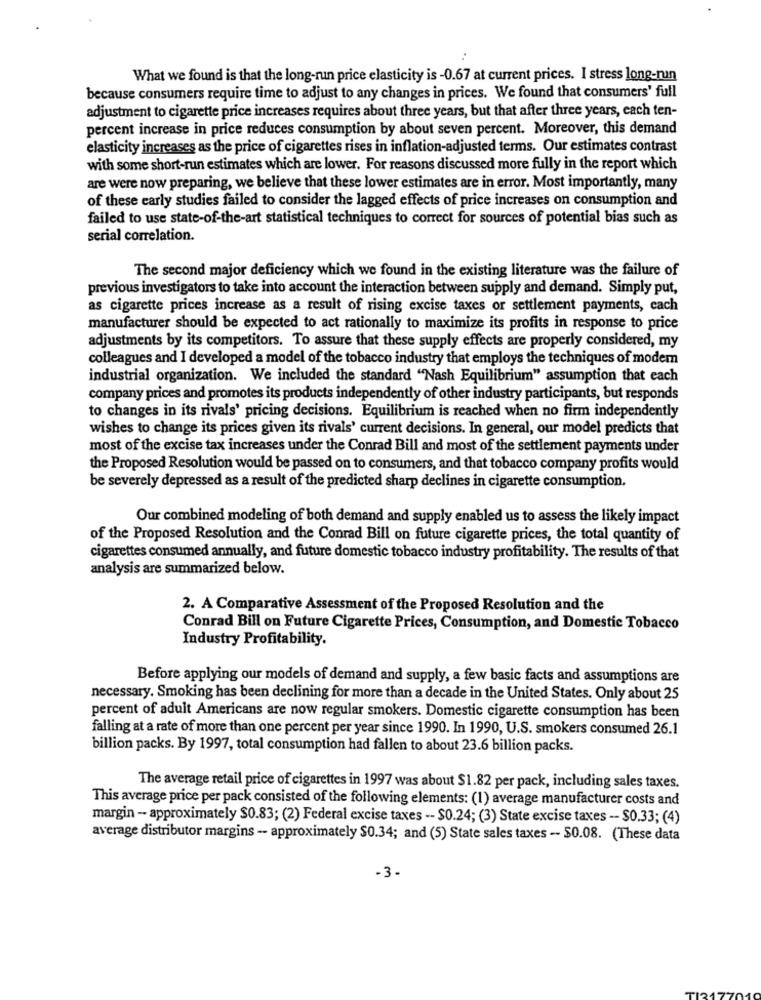
What we found is that the long-run price elasticity is -0.67 at current prices. I stress long-run
because consumers require time to adjust to any changes in prices. We found that consumers' full
adjustment to cigarette price increases requires about three years, but that after three years, each ten-
percent increase in price reduces consumption by about seven percent. Moreover, this demand
elasticity increases as the price of cigarettes rises in inflation-adjusted terms. Our estimates contrast
with some short-run estimates which are lower. For reasons discussed more fully in the report which
are were now preparing, we believe that these lower estimates are in error. Most importantly, many
of these early studies failed to consider the lagged effects of price increases on consumption and
failed to use state-of-the-art statistical techniques to correct for sources of potential bias such as
serial correlation.
The second major deficiency which we found in the existing literature was the failure of
previous investigators to take into account the interaction between supply and demand. Simply put,
as cigarette prices increase as a result of rising excise taxes or settlement payments, each
manufacturer should be expected to act rationally to maximize its profits in response to price
adjustments by its competitors. To assure that these supply effects are properly considered, my
colleagues and I developed a model of the tobacco industry that employs the techniques of modem
industrial organization. We included the standard "Nash Equilibrium" assumption that each
company prices and promotes its products independently of other industry participants, but responds
to changes in its rivals' pricing decisions. Equilibrium is reached when no firm independently
wishes to change its prices given its rivals' current decisions. In general, our model predicts that
most of the excise tax increases under the Conrad Bill and most of the settlement payments under
the Proposed Resolution would be passed on to consumers, and that tobacco company profits would
be severely depressed as a result of the predicted sharp declines in cigarette consumption.
Our combined modeling of both demand and supply enabled us to assess the likely impact
of the Proposed Resolution and the Conrad Bill on future cigarette prices, the total quantity of
cigarettes consumed annually, and future domestic tobacco industry profitability. The results of that
analysis are summarized below.
2. A Comparative Assessment of the Proposed Resolution and the
Conrad Bill on Future Cigarette Prices, Consumption, and Domestic Tobacco
Industry Profitability.
Before applying our models of demand and supply, a few basic facts and assumptions are
necessary. Smoking has been declining for more than a decade in the United States. Only about 25
percent of adult Americans are now regular smokers. Domestic cigarette consumption has been
falling at a rate of more than one percent per year since 1990. In 1990, U.S. smokers consumed 26.1
billion packs. By 1997, total consumption had fallen to about 23.6 billion packs.
The average retail price of cigarettes in 1997 was about $1.82 per pack, including sales taxes.
This average price per pack consisted of the following elements: (1) average manufacturer costs and
margin - approximately $0.83; (2) Federal excise taxes -- $0.24; (3) State excise taxes -- $0.33; (4)
average distributor margins -- approximately $0.34; and (5) State sales taxes -- $0.08. (These data
-3-